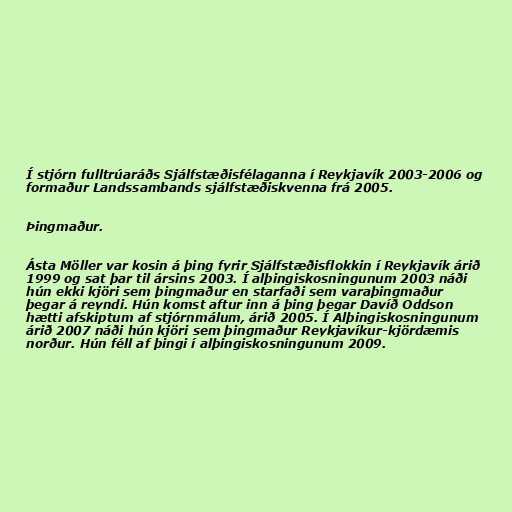
Í stjórn fulltrúaráðs Sjálfstæðisfélaganna í Reykjavík 2003-2006 og
formaður Landssambands sjálfstæðiskvenna frá 2005.

Þingmaður.

Ásta Möller var kosin á þing fyrir Sjálfstæðisflokkin í Reykjavík árið
1999 og sat þar til ársins 2003. Í alþingiskosningunum 2003 náði
hún ekki kjöri sem þingmaður en starfaði sem varaþingmaður
þegar á reyndi. Hún komst aftur inn á þing þegar Davíð Oddson
hætti afskiptum af stjórnmálum, árið 2005. Í Alþingiskosningunum
árið 2007 náði hún kjöri sem þingmaður Reykjavíkur-kjördæmis
norður. Hún féll af þingi í alþingiskosningunum 2009.